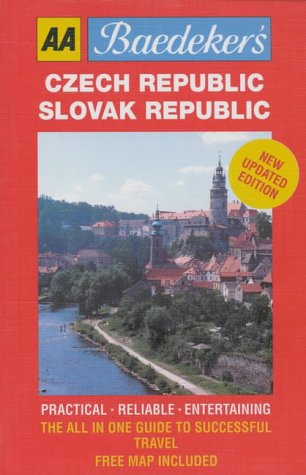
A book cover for Baedeker's Czech and Slovak Republic (AA Baedeker's); Travel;